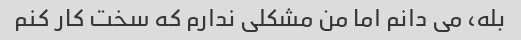
بله، می دانم اما من مشکلی ندارم که سخت کار کنم